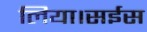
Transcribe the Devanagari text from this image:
लिया।सईस